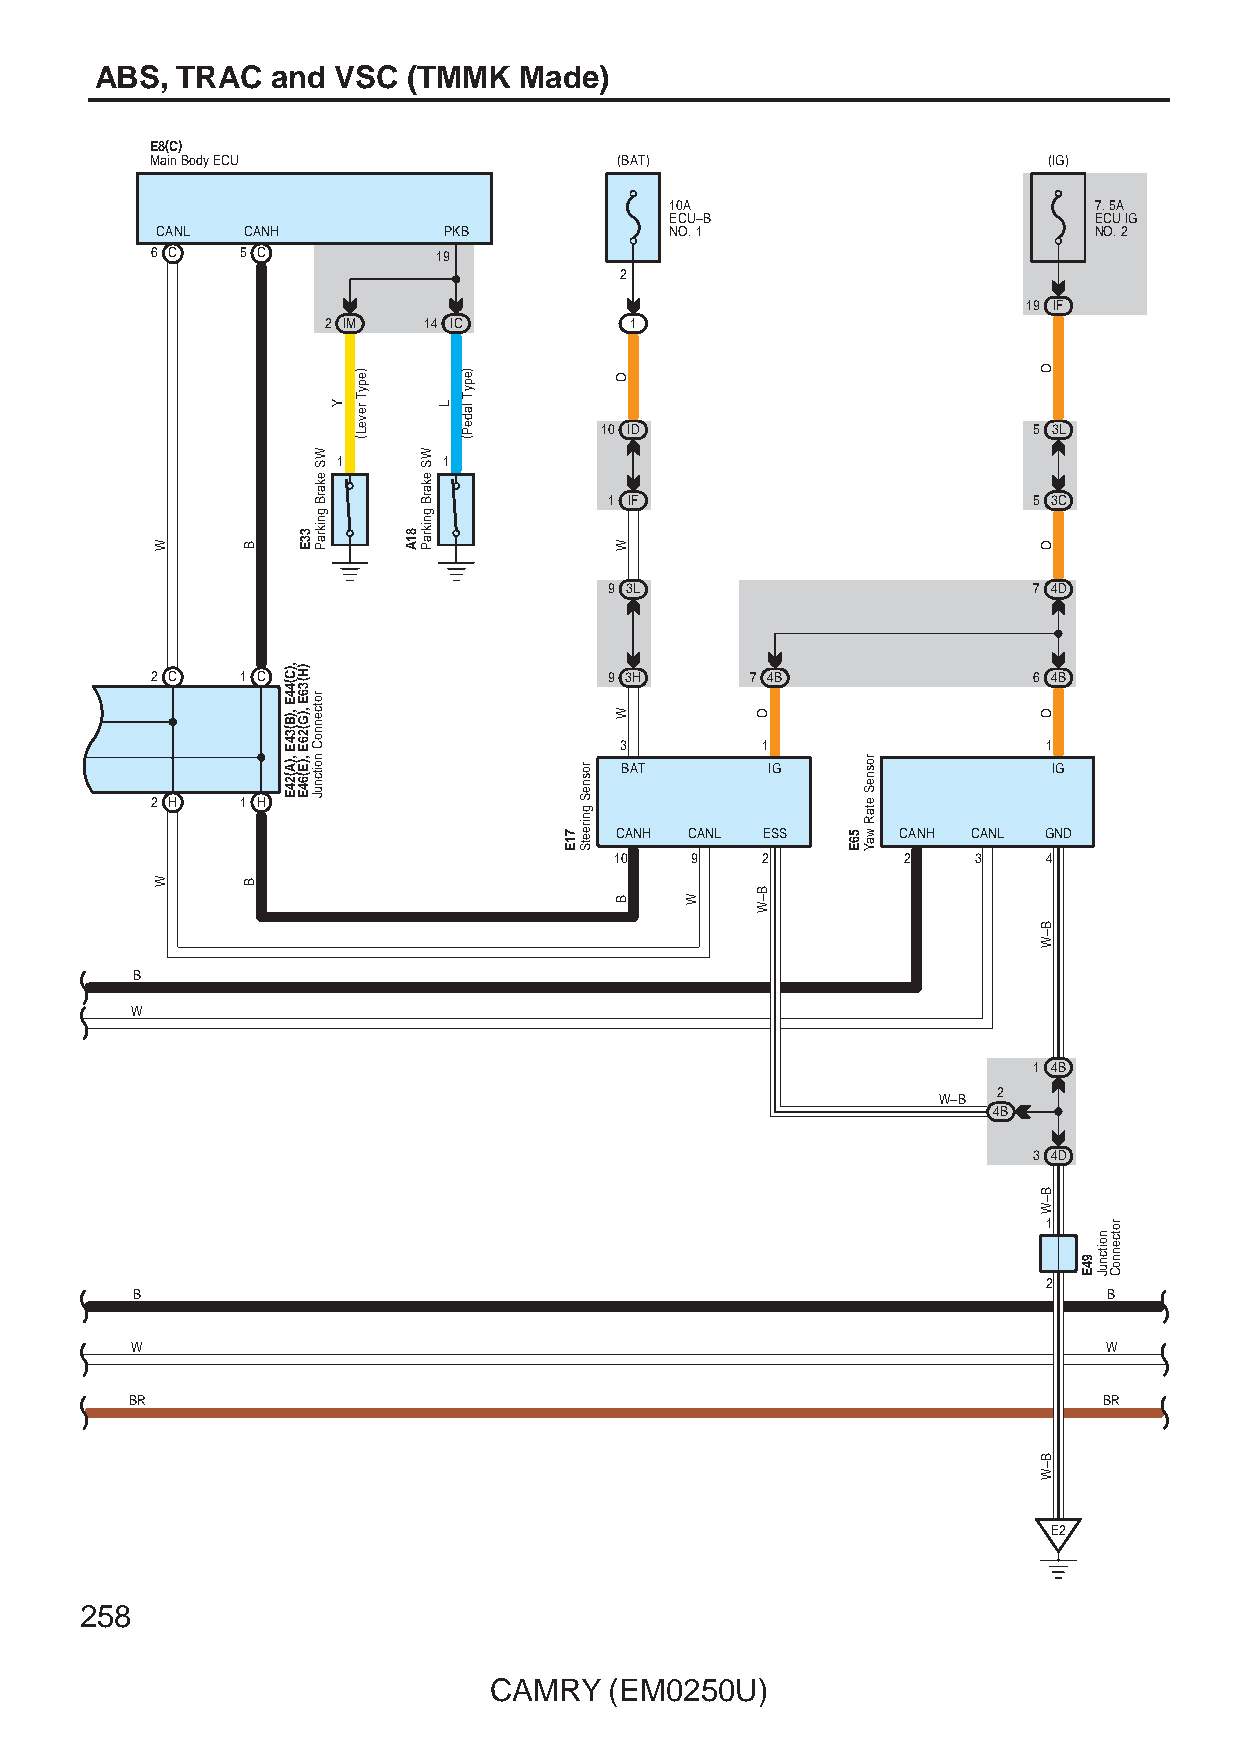
ABS,  TRAC  and VSC  (TMMK  Made)
 E8(C)
 Main Body ECU                  (BAT)                       (IG)
 10A                         7. 5A
 ECU–B                       ECU IG
 CANL  CANH         PKB            NO. 1                       NO. 2
 6 C   5 C          19
 2
 19 IF
 2 IM   14 IC         1
 10 ID                       5 3L
 1      1
 1 IF                        5 3C
 9 3L                        7 4D
 2 C   1 C                     9 3H      7 4B              6 4B
 3        1                  1
 BAT       IG                 IG
 2 H   1 H
 CANH CANL ESS      CANH CANL GND
 10   9   2         2    3   4
 B
 W
 1 4B
 2
 W–B
 4B
 3 4D
 1
 2
 B                                                               B
 W                                                               W
 BR                                                              BR
 E2
 258
 CAMRY   (EM0250U)
 W
 W
 B
 B
 ,)C(44E
 ,)B(34E
 ,)A(24E
 33E
 )H(36E
 ,)G(26E
 ,)E(64E
 WS
 ekarB
 gnikraP
 rotcennoC
 noitcnuJ
 Y
 )epyT
 reveL(
 81A
 WS
 ekarB
 gnikraP
 L
 )epyT
 ladeP(
 71E
 rosneS
 gnireetS
 O
 W
 W
 B   W
 O
 B–W
 56E
 rosneS
 etaR
 waY
 O
 O
 O
 B–W
 B–W
 B–W
 94E
 noitcnuJ
 rotcennoC